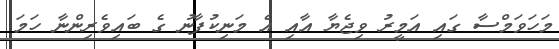
މަހަވަމްސާ ގައި އަމީރު ވިޖެޔާ އާއި އެ މަނިކުފާނު ގެ ބައިވެރިންނާ ހަމަ